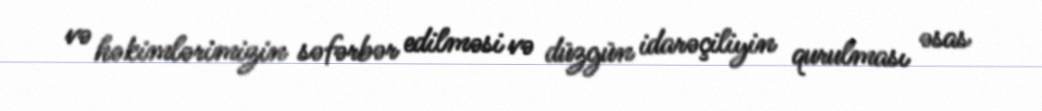
və həkimlərimizin səfərbər edilməsi və düzgün idarəçiliyin qurulması əsas